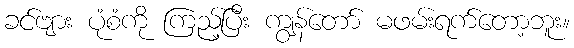
ခင်ဗျား ပုံစံကို ကြည့်ပြီး ကျွန်တော် မဖမ်းရက်တော့ဘူး။